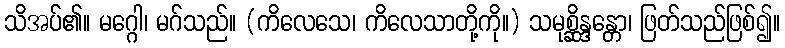
သိအပ်၏။ မဂ္ဂေါ၊ မဂ်သည်။ (ကိလေသေ၊ ကိလေသာတို့ကို။) သမုစ္ဆိန္ဒန္တော၊ ဖြတ်သည်ဖြစ်၍။